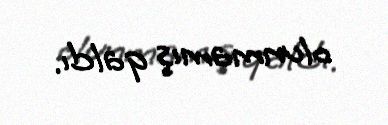
olunmamış qaldı.